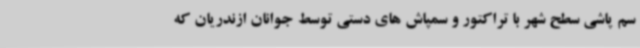
سم پاشی سطح شهر با تراکتور و سمپاش های دستی توسط جوانان ازندریان که